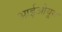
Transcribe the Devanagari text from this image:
आईओयूस